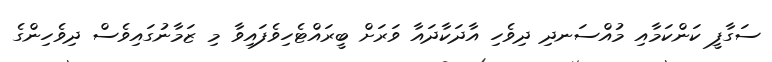
ސަގާފީ ކަންކަމާއި މުއްސަނދި ދިވެހި އާދަކާދައާ ވަރަށް ބީރައްޓެހިވެފައިވާ މި ޒަމާނުގައިވެސް ދިވެހިންގެ